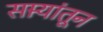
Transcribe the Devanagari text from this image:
सार्‍यांतून